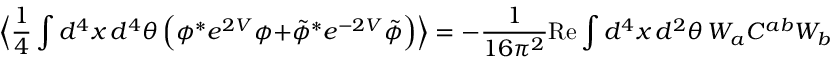
\Big \langle \frac { 1 } { 4 } \int d ^ { 4 } x \, d ^ { 4 } \theta \, \Big ( \phi ^ { * } e ^ { 2 V } \phi + \tilde { \phi } ^ { * } e ^ { - 2 V } \tilde { \phi } \Big ) \Big \rangle = - \frac { 1 } { 1 6 \pi ^ { 2 } } \mathrm { R e } \int d ^ { 4 } x \, d ^ { 2 } \theta \, W _ { a } C ^ { a b } W _ { b } .